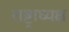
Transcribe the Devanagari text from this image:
राष्ट्राघ्यक्ष